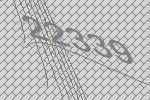
22339